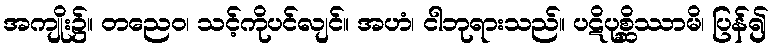
အကျိုး၌။ တညေဝ၊ သင့်ကိုပင်လျင်။ အဟံ၊ ငါဘုရားသည်။ ပဋိပုစ္ဆိဿာမိ၊ ပြန်၍